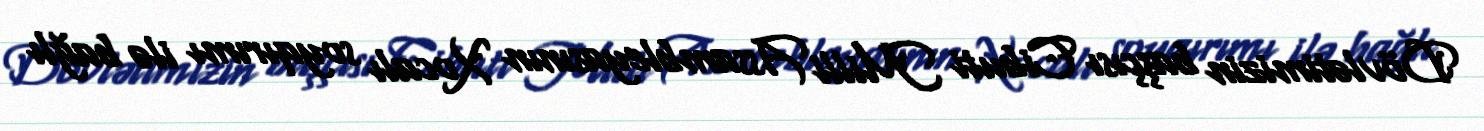
Dövlətimizin başçısı Cibuti Milli Assambleyasının Xocalı soyqırımı ilə bağlı